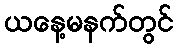
ယနေ့မနက်တွင်